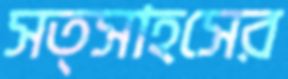
সত্সাহসের